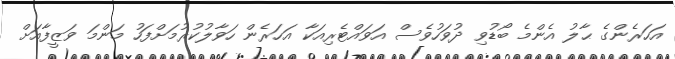
އަހަރެންގެ ޙާލު އެންމެ ބޯޑުވި ދުވަހުވެސް އަވައްޓެރިއަކާ އަހަރެން ހަވާލުކުރުމަށްފަހު މަންމަ ވަޒީފާއަށް